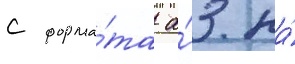
с форма́та а́3 на́